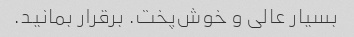
بسیار عالی و خوش‌پخت. برقرار بمانید.